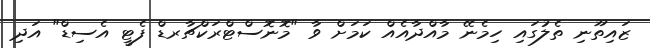
ޒައިތޫނި ތެލުގައި ހިމެނޭ މާއްދާއެއް ކަމަށް ވާ "މޮނޮސްޓްރަކްޗާރޑް ފެޓީ އެސިޑް" އަދި